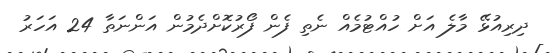
ދިރިއުޅޭ މާލެ އަށް ހުއްޓުމެއް ނެތި ފެން ފޯރުކޮށްދެމުން އަންނަތާ 24 އަހަރު